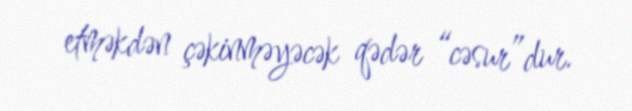
etməkdən çəkinməyəcək qədər “cəsur”dur.